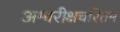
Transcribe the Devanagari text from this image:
अम्बरीक्षचरितम